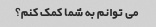
می توانم به شما کمک کنم؟